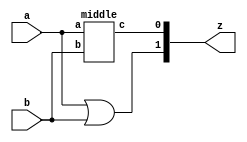
module top (
    input a,
    input b,
    output [1:0] z);
wire n1, n2;

middle M1(.a(a), .b(b), .c(n1));
assign n2 = n1;  // z[0] in new.v is different from that in old.v due to this line
assign z[0] = n2;

assign z[1] = a | b;
endmodule

module middle (
    input a,
    input b,
    output c);
assign c = a | b;
endmodule